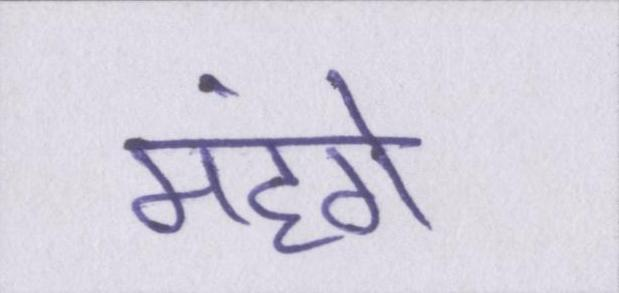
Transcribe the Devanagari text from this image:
महंगे